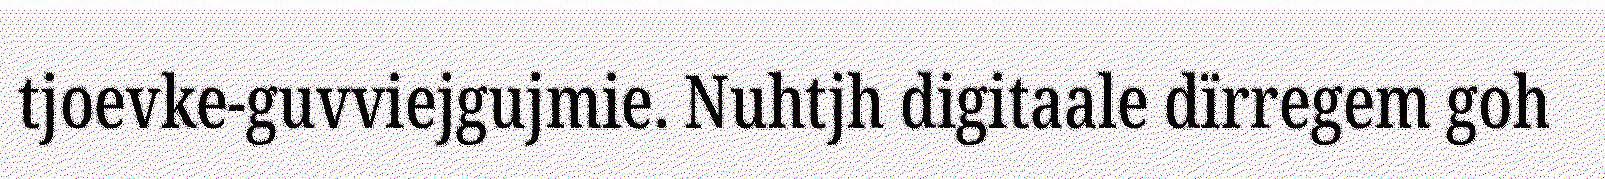
tjoevke-guvviejgujmie. Nuhtjh digitaale dïrregem goh